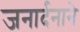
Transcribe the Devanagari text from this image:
जनार्दनाने